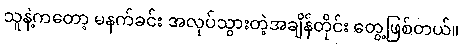
သူနဲ့ကတော့ မနက်ခင်း အလုပ်သွားတဲ့အချိန်တိုင်း တွေ့ဖြစ်တယ်။